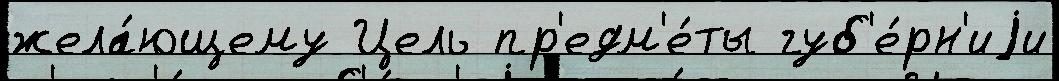
жела́ющему Цель пр'едм'е́ты губ'е́рн'иjи